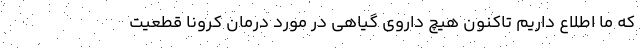
که ما اطلاع داریم تاکنون هیچ داروی گیاهی در مورد درمان کرونا قطعیت